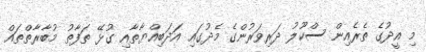
މި އީދުގެ ތެރެއިން ސްކޫލު ދަރިވަރުންގެ މެދުގައި އަދަބިއްޔާތާއި ގުޅޭ ތަފާތު މުބާރާތްތައް